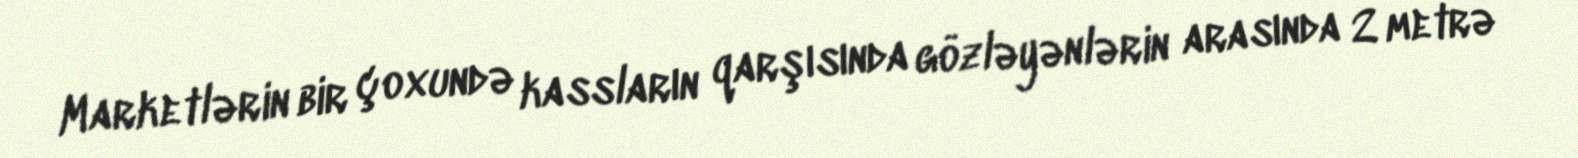
Marketlərin bir çoxundə kassların qarşısında gözləyənlərin arasında 2 metrə